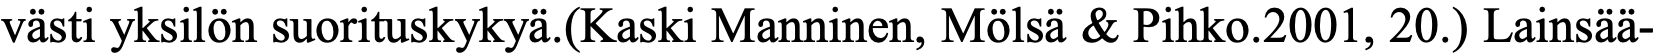
västi yksilön suorituskykyä.(Kaski Manninen, Mölsä & Pihko.2001, 20.) Lainsää-